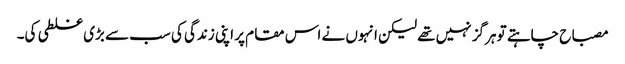
مصباح چاہتے تو ہرگز نہیں تھے لیکن انہوں نے اس مقام پر اپنی زندگی کی سب سے بڑی غلطی کی۔